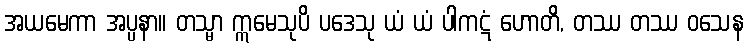
အယမေကာ အပ္ပနာ။ တသ္မာ ဣမေသုပိ ပဒေသု ယံ ယံ ပါကဋံ ဟောတိ, တဿ တဿ ဝသေန